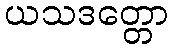
ယသဒတ္တော